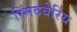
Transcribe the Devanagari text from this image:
स्मिंदबेरिय